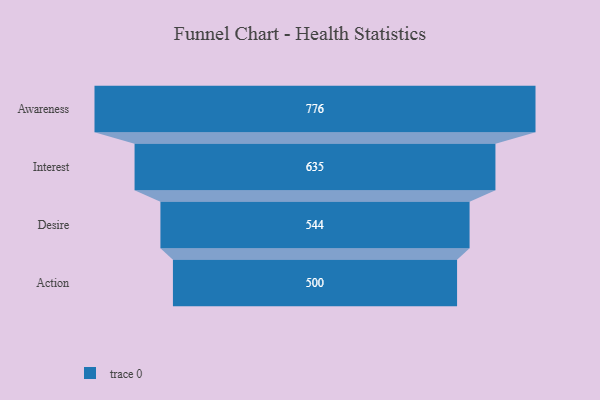
{"axis": {"x": "Stage", "y": "Value"}, "legend": [""], "data": [{"x": "Awareness", "y": 776.0, "type": ""}, {"x": "Interest", "y": 635.0, "type": ""}, {"x": "Desire", "y": 544.0, "type": ""}, {"x": "Action", "y": 500, "type": ""}]}